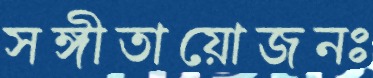
সঙ্গীতায়োজনঃ